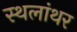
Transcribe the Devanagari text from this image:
स्थलांथर